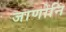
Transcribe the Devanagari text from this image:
जाणोनि